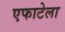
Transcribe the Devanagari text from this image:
एफाटेला